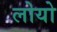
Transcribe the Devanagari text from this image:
लोयो